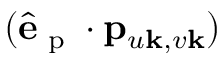
( \hat { \mathbf { e } } _ { \textrm { p } } \cdot \mathbf { p } _ { u \mathbf { k } , v \mathbf { k } } )